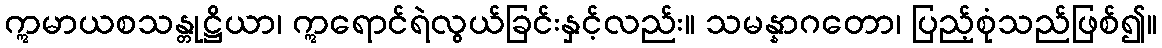
ဣမာယစသန္တုဋ္ဌိယာ၊ ဣရောင်ရဲလွယ်ခြင်းနှင့်လည်း။ သမန္နာဂတော၊ ပြည့်စုံသည်ဖြစ်၍။